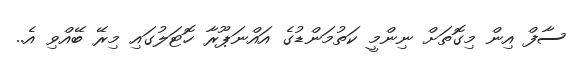
ސާފް އިން މިގޮތަށް ނިންމީ ކަތުމަންޑުގެ އައްނަޕޫރާ ހޮޓަލުގައި މިރޭ ބޭއްވި އެ..